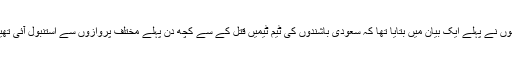
انہوں نے پہلے ایک بیان میں بتایا تھا کہ سعودی باشندوں کی ٹیم ٹیمیں قتل کے سے کچھ دن پہلے مختلف پروازوں سے استنبول آئی تھیں۔